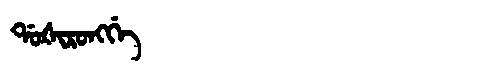
Manchu: ᡩᠣᡧᡳᡵᠣᠩᡤᡝ
Romanization: DOŠIRONGGE